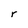
Character: r